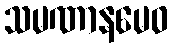
သမဏာနမေဝ